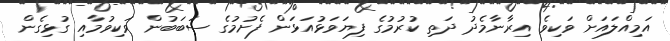
އަމިއްލައަށް ވަކިވެ އިރާނާމެދު ދަތި ކުރުމުގެ ފިޔަވަޅުއަޅަން ފެށުމުގެ ސަބަބުން ވަކިވުމާއި ގުޅިގެން